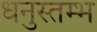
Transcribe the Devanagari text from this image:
धनुस्तम्भ